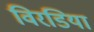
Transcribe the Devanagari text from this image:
विरडिया